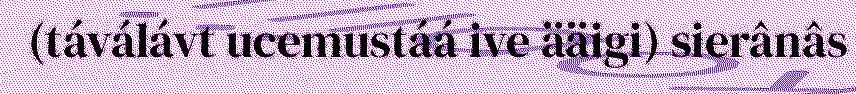
(táválávt ucemustáá ive ääigi) sierânâs